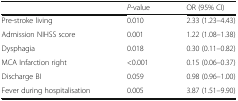
|  | P-value | OR (95% CI) |
 | --- | --- | --- |
 | Pre-stroke living | 0.010 | 2.33 (1.23–4.43) |
 | Admission NIHSS score | 0.001 | 1.22 (1.08–1.38) |
 | Dysphagia | 0.018 | 0.30 (0.11–0.82) |
 | MCA Infarction right | <0.001 | 0.15 (0.06–0.37) |
 | Discharge BI | 0.059 | 0.98 (0.96–1.00) |
 | Fever during hospitalisation | 0.005 | 3.87 (1.51–9.90) |